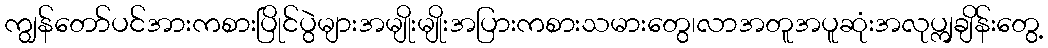
ကျွန်တော်ပင်အားကစားပြိုင်ပွဲများအမျိုးမျိုးအပြားကစားသမားတွေ၊လာအတူအပူဆုံးအလုပ္ကျချိန်းတွေ့